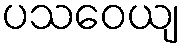
ပသဝေယျ